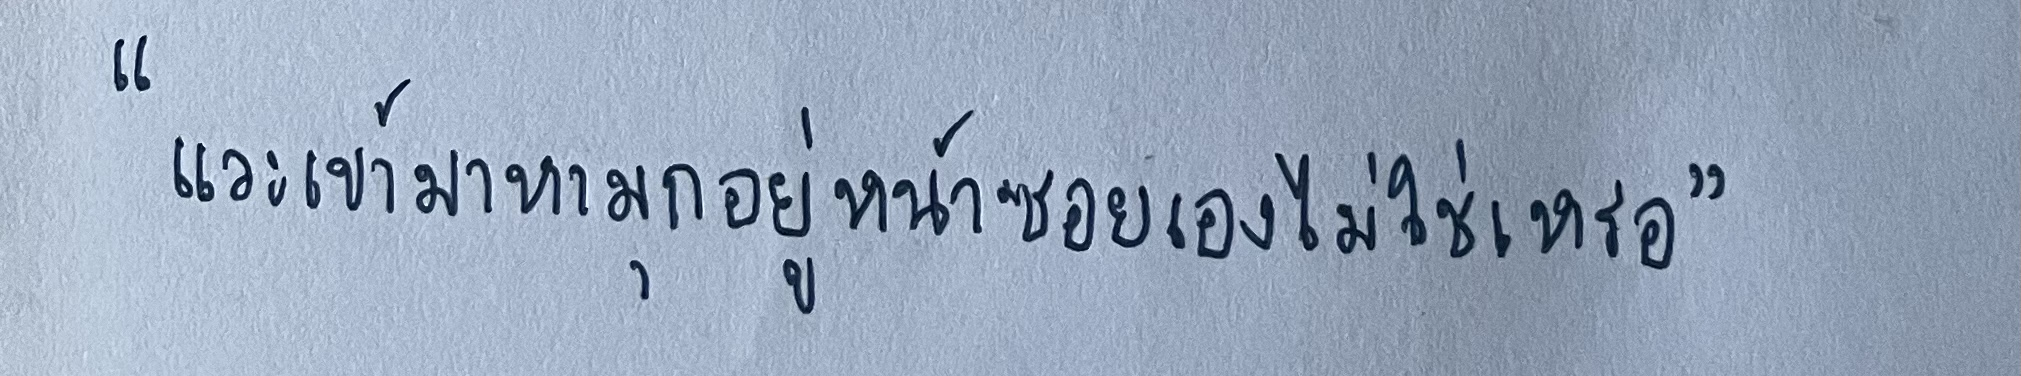
"แวะเข้ามาหามุกอยู่หน้าซอยเองไม่ใช่เหรอ"